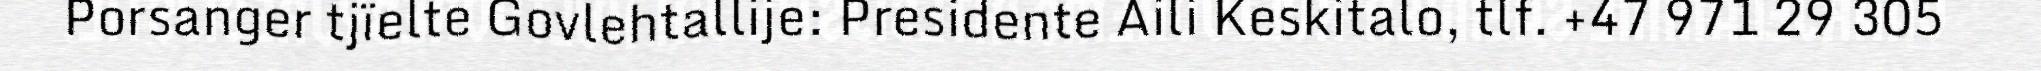
Porsanger tjïelte Govlehtallije: Presidente Aili Keskitalo, tlf. +47 971 29 305